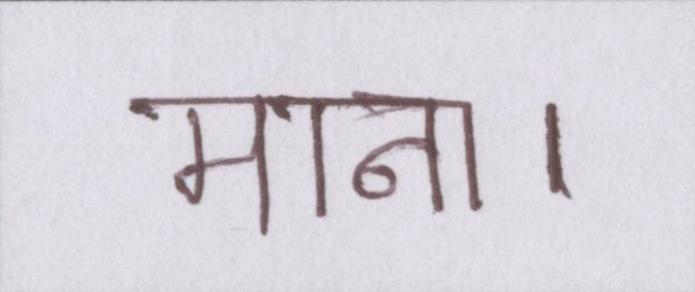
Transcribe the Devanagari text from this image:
माना।